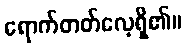
ရောက်တတ်လေ့ရှိ၏။